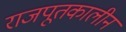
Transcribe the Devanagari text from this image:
राजपूतकालीन